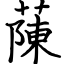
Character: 蔯